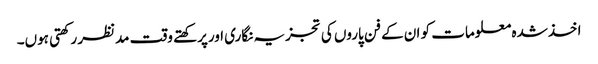
اخذشدہ معلومات کو ان کے فن پاروں کی تجزیہ نگاری اورپرکھتے وقت مدنظر رکھتی ہوں۔